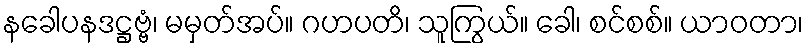
နခေါပနဒဋ္ဌဗ္ဗံ၊ မမှတ်အပ်။ ဂဟပတိ၊ သူကြွယ်။ ခေါ၊ စင်စစ်။ ယာဝတာ၊